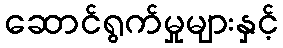
ဆောင်ရွက်မှုများနှင့်